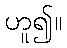
ဟူ၍။